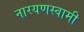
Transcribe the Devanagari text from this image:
नारयणस्वामी